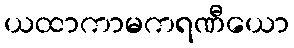
ယထာကာမကရဏီယော